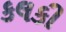
કલકી